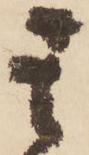
其